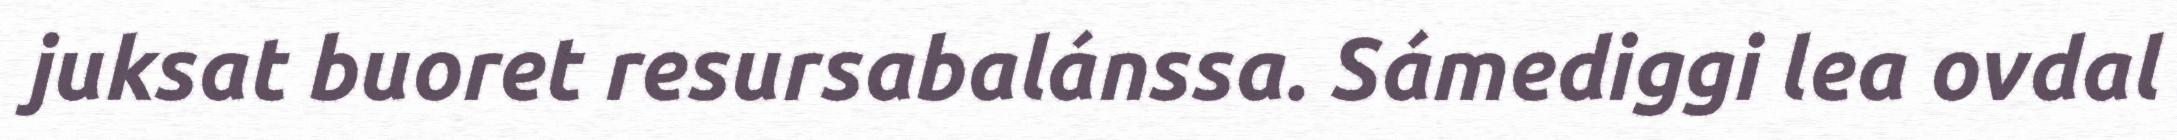
juksat buoret resursabalánssa. Sámediggi lea ovdal